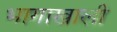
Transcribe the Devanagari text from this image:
भागाखाली